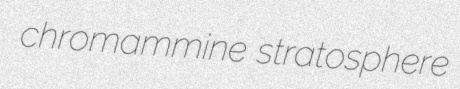
chromammine stratosphere